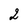
Character: 2